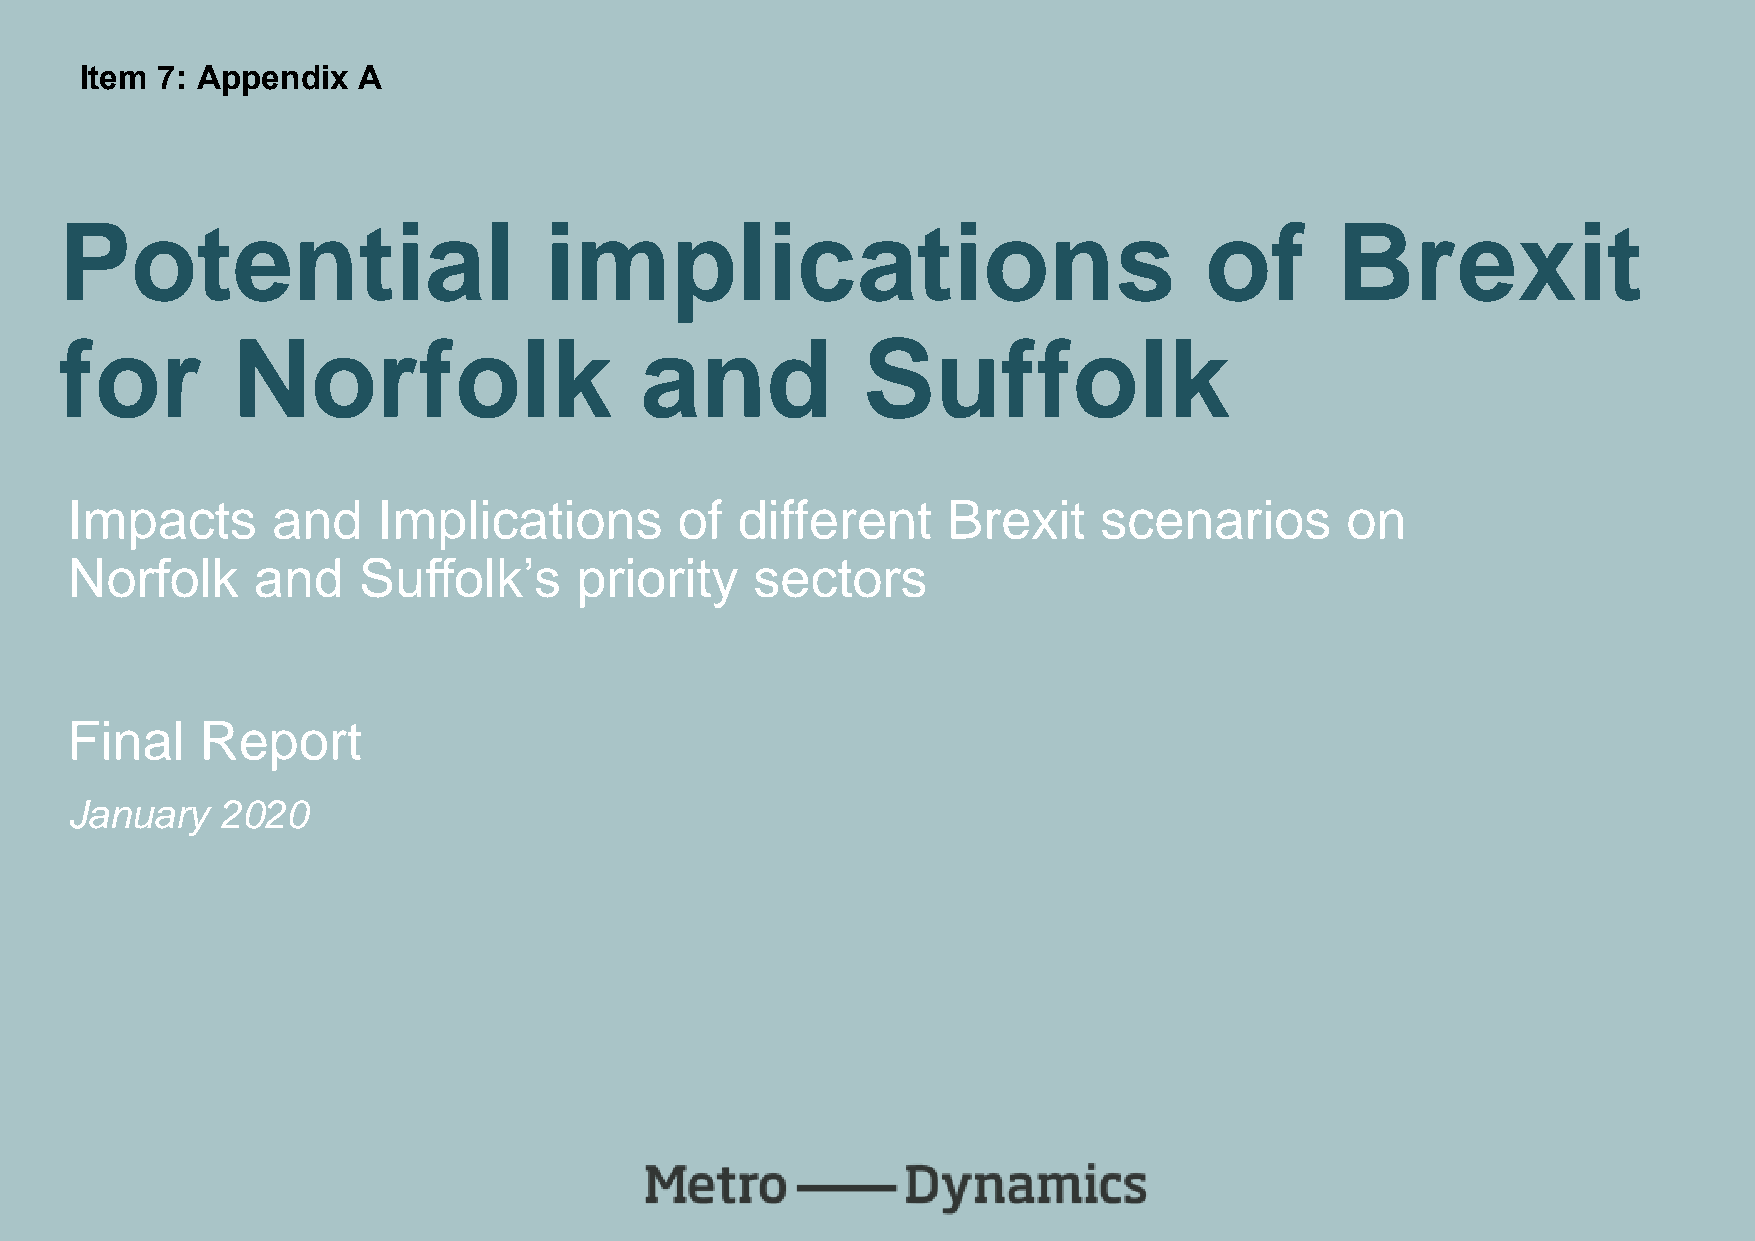
Item 7: Appendix   A
 Potential                       implications                                of      Brexit
 for        Norfolk                    and            Suffolk
 Impacts       and    Implications        of  different     Brexit    scenarios       on
 Norfolk      and    Suffolk’s     priority    sectors
 Final    Report
 January    2020